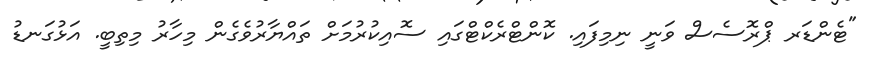
"ޓެންޑަރ ޕްރޮސެސް ވަނީ ނިމިފައި. ކޮންޓްރެކްޓްގައި ސޮއިކުރުމަށް ތައްޔާރުވެގެން މިހާރު މިތިބީ. އަޅުގަނޑު